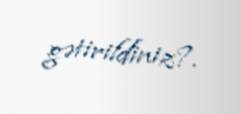
gətirildiniz?.